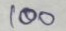
100